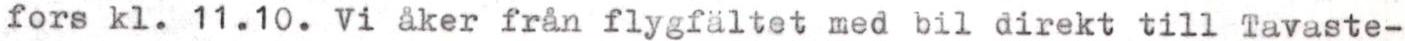
fors kl. 11.10. Vi åker från flygfältet med bil direkt till Tavaste-